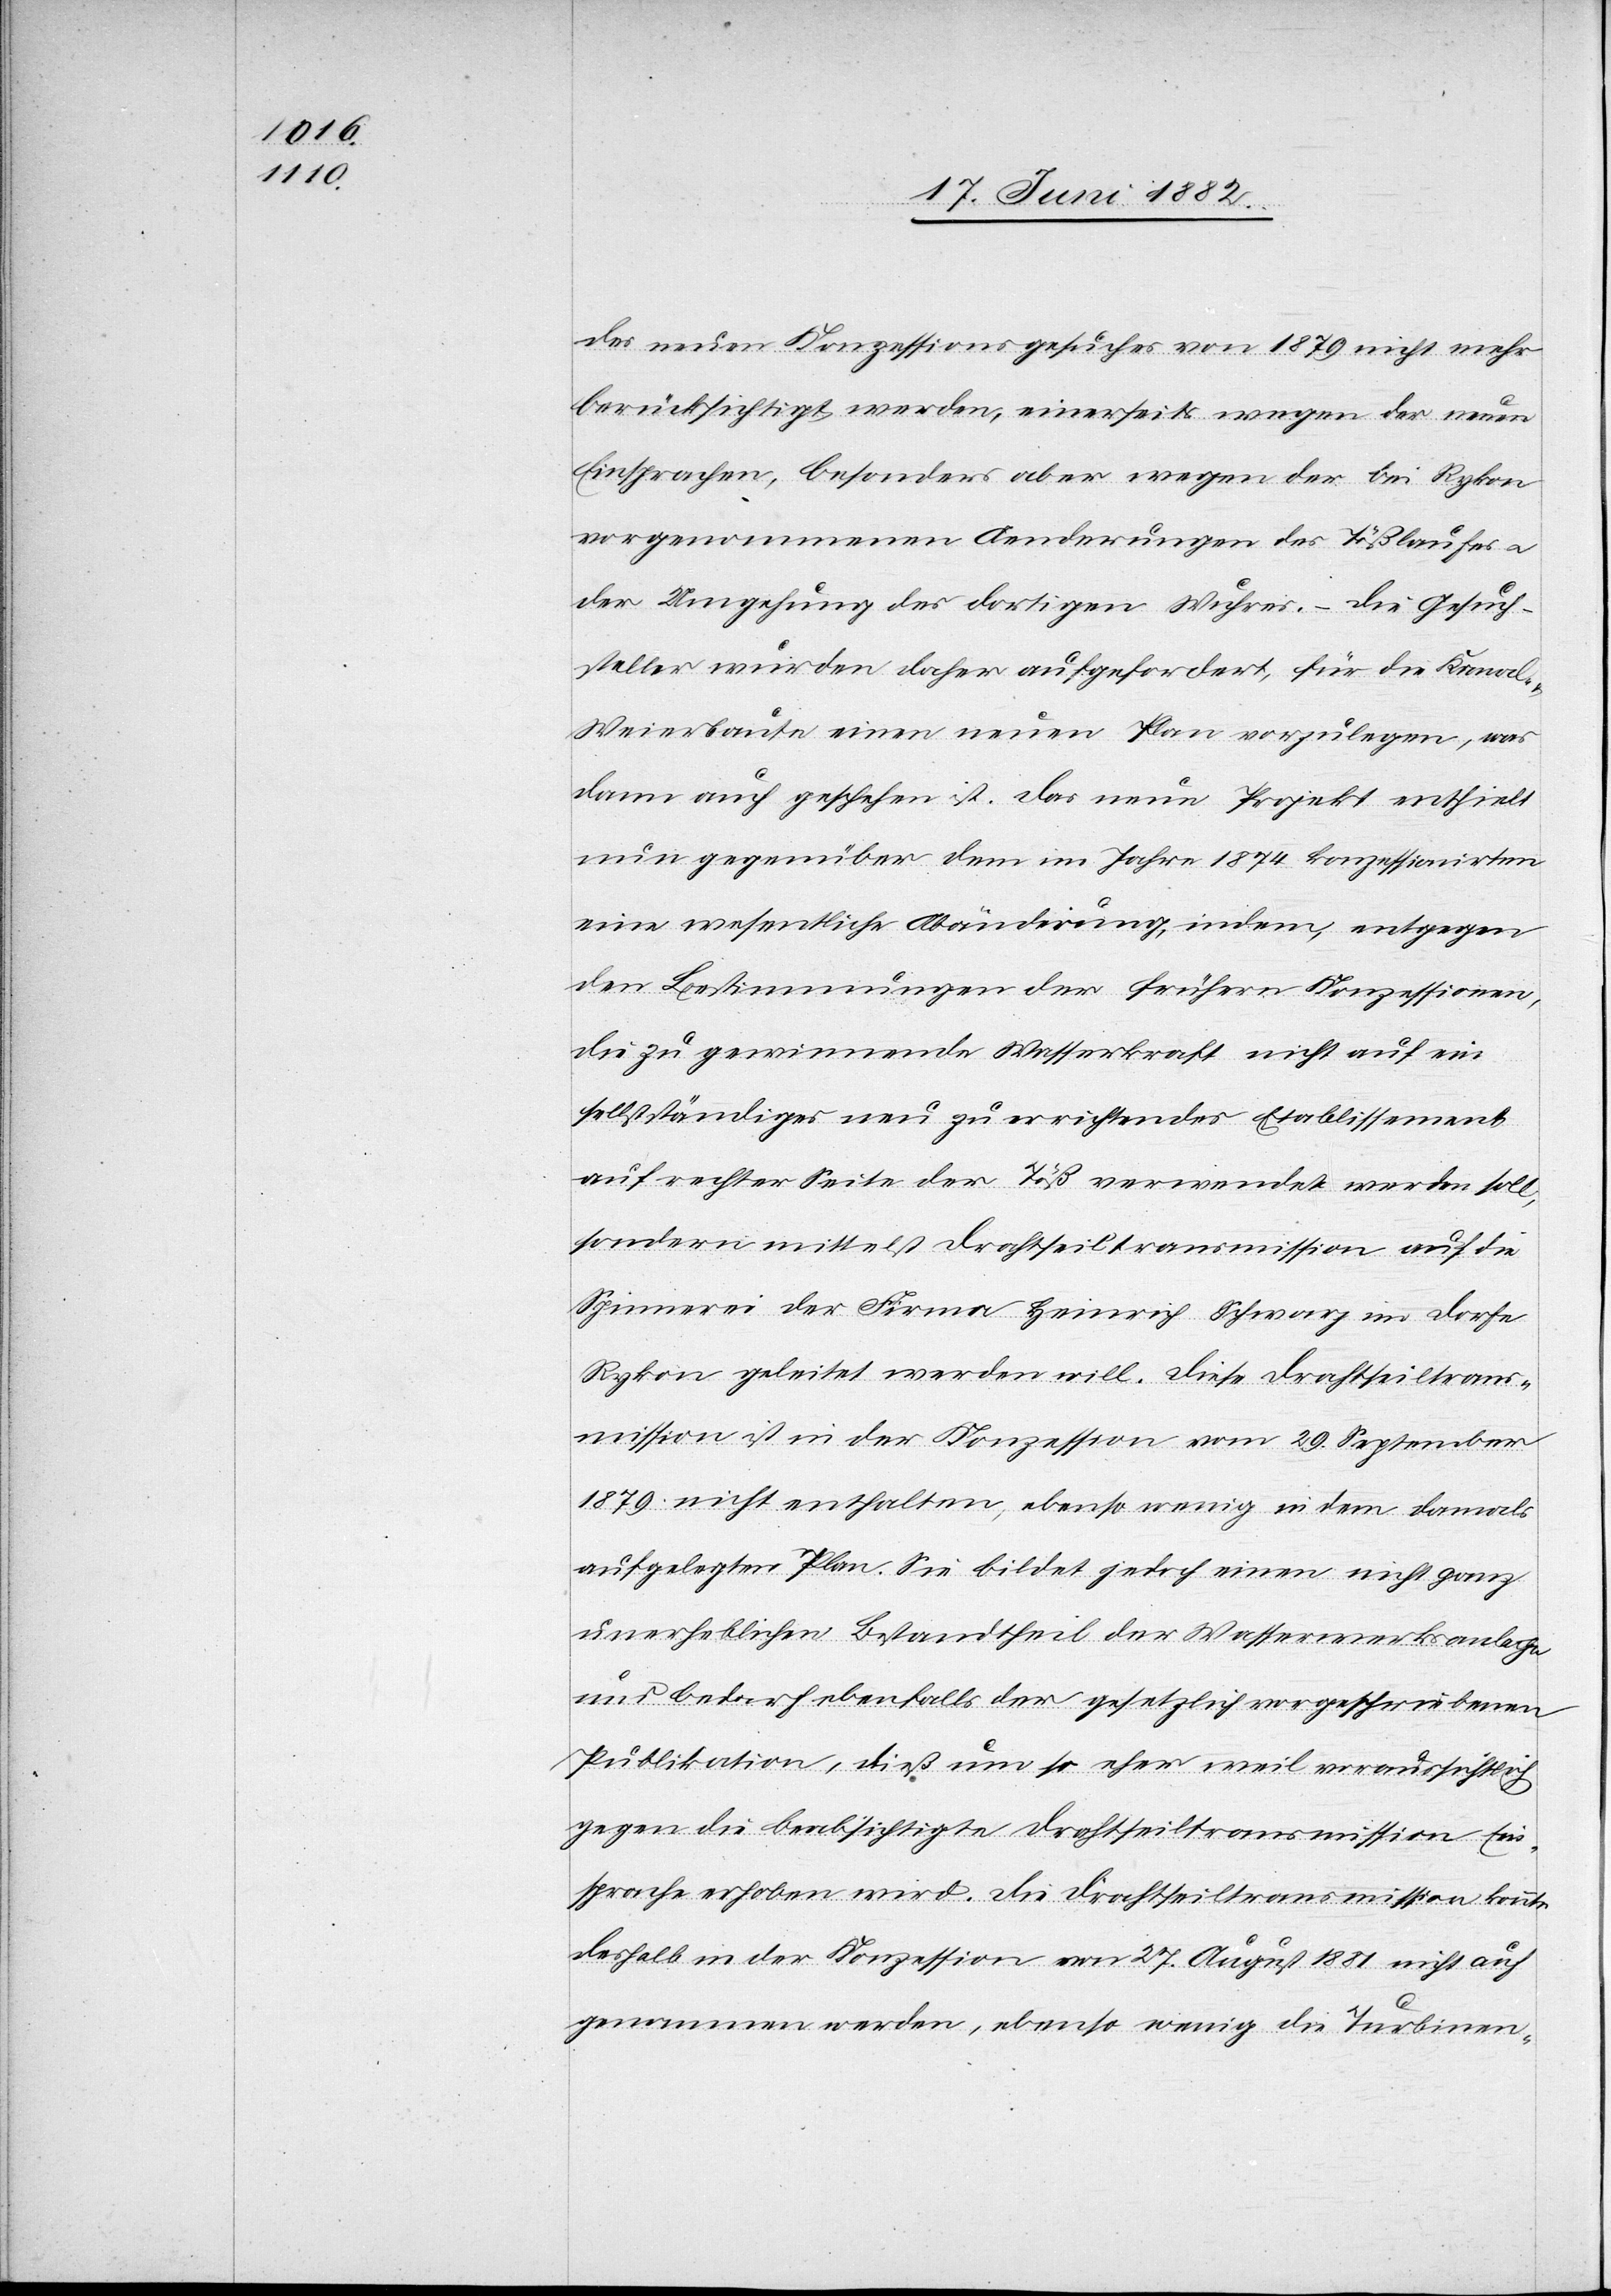
des neuen Konzessionsgesuches von 1879 nicht mehr
berücksichtigt werden, einerseits wegen der neuen
Einsprachen, besonders aber wegen der bei Rykon
vorgenommenen Aenderungen des Tößlaufes
der Umgehung des dortigen Wuhres. – Die Gesuch¬
steller wurden daher aufgefordert, für die Kanal-
Weierbaute einen neuen Plan vorzulegen, was
dann auch geschehen ist. Das neue Projekt enthielt
nun gegenüber dem im Jahre 1874 konzessionirten
eine wesentliche Abänderung, indem, entgegen
den Bestimmungen der frühern Konzessionen,
die zu gewinnende Wasserkraft nicht auf ein
selbstständiges neu zu errichtendes Etablissement
auf rechter Seite der Töß verwendet werden soll,
sondern mittelst Drahtseiltransmission auf die
Spinnerei der Firma Heinrich Schwarz im Dorfe
Rykon geleitet werden will. Diese Drahtseiltrans¬
mission ist in der Konzession vom 29. September
1879 nicht enthalten, ebenso wenig in dem damals
aufgelegten Plan. Sie bildet jedoch einen nicht ganz
unerheblichen Bestandtheil der Wasserwerksanlage
und bedarf ebenfalls der gesetzlich vorgeschriebenen
Publikation, dieß um so eher, weil voraussichtlich
gegen die beabsichtigte Drahtseiltransmission Ein¬
sprache erhoben wird. Die Drahtseiltransmission konnte
deshalb in der Konzession von [sic!] 27. August 1881 nicht auf¬
genommen werden, ebenso wenig die Turbinen-